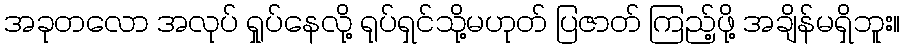
အခုတလော အလုပ် ရှုပ်နေလို့ ရုပ်ရှင်သို့မဟုတ် ပြဇာတ် ကြည့်ဖို့ အချိန်မရှိဘူး။